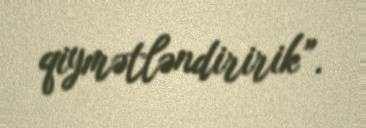
qiymətləndiririk”.